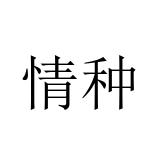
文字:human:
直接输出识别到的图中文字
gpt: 情种